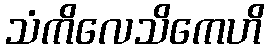
သံကိလေသိကေဟိ